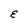
Character: E